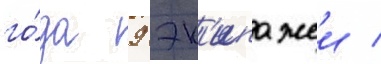
го́да 9 эк'ипажеи /